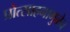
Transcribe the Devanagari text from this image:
प्रोत्साहनामुळेच